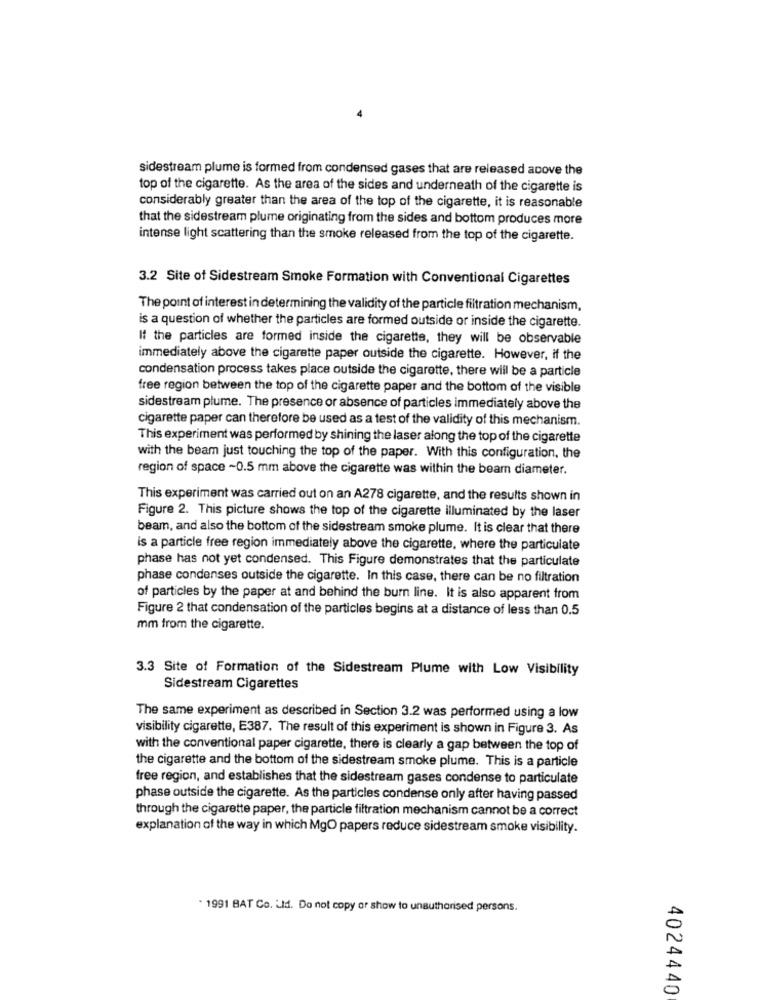
sidestream plume is formed from condensed gases that are released acove the
top of the cigarette. As the area of the sides and underneath of the cigarette is
considerably greater than the area of the top of the cigarette, it is reasonable
that the sidestream plume originating from the sides and bottom produces more
intense light scattering than the smoke released from the top of the cigarette.
3.2 Site of Sidestream Smoke Formation with Conventional Cigarettes
The point of interest in determining the validity of the particle filtration mechanism,
is a question of whether the particles are formed outside or inside the cigarette.
If the particles are formed inside the cigarette, they will be observable
immediately above the cigarette paper outside the cigarette. However, if the
condensation process takes place outside the cigarette, there will be a particle
free region between the top of the cigarette paper and the bottom of the visible
sidestream plume. The presence or absence of particles immediately above the
cigarette paper can therefore be used as a test of the validity of this mechanism.
This experiment was performed by shining the laser along the top of the cigarette
with the beam just touching the top of the paper. With this configuration, the
region of space -0.5 mm above the cigarette was within the beam diameter.
This experiment was carried out on an A278 cigarette, and the results shown in
Figure 2. This picture shows the top of the cigarette illuminated by the laser
beam, and also the bottom of the sidestream smoke plume. It is clear that there
is a particle free region immediately above the cigarette, where the particulate
phase has not yet condensed. This Figure demonstrates that the particulate
phase condenses outside the cigarette. In this case, there can be no filtration
of particles by the paper at and behind the burn line. It is also apparent from
Figure 2 that condensation of the particles begins at a distance of less than 0.5
mm from the cigarette.
3.3 Site of Formation of the Sidestream Plume with Low Visibility
Sidestream Cigarettes
The same experiment as described in Section 3.2 was performed using a low
visibility cigarette, E387. The result of this experiment is shown in Figure 3. As
with the conventional paper cigarette, there is clearly a gap between the top of
the cigarette and the bottom of the sidestream smoke plume. This is a particle
free region, and establishes that the sidestream gases condense to particulate
phase outside the cigarette. As the particles condense only after having passed
through the cigarette paper, the particle filtration mechanism cannot be a correct
explanation of the way in which MgO papers reduce sidestream smoke visibility.
. 1991 BAT Co. Ltd. Do not copy or show to unauthorised persons.
4024440